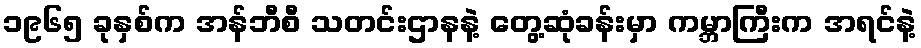
၁၉၆၅ ခုနှစ်က အန်ဘီစီ သတင်းဌာနနဲ့ တွေ့ဆုံခန်းမှာ ကမ္ဘာကြီးက အရင်နဲ့